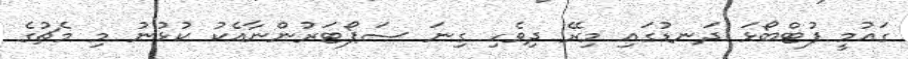
ގައުމީ ފުޓްބޯޅަ ދަނޑުގައި މިރޭ ދިވެހި ގިނަ ސަޕޯޓަރުންނާއެކު ކުޅުނު މި މެޗުގެ